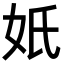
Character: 𡚼